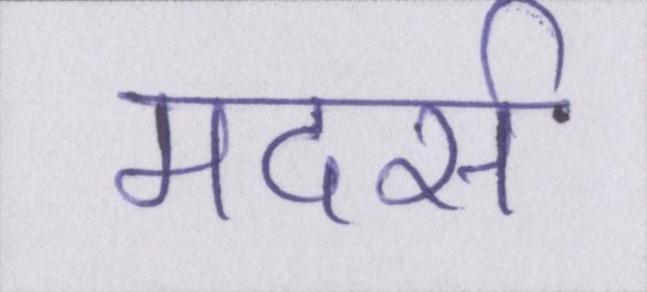
मदर्स